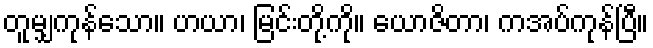
တူမျှကုန်သော။ ဟယာ၊ မြင်းတို့ကို။ ယောဇိတာ၊ ကအပ်ကုန်ပြီ။